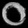
Digit: ၀